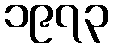
၁၉၇၃